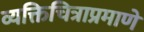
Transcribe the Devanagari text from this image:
व्यक्तिचित्राप्रमाणे